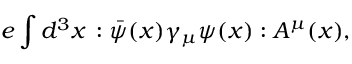
e \int d ^ { 3 } x \, : \bar { \psi } ( x ) \gamma _ { \mu } \psi ( x ) : A ^ { \mu } ( x ) ,